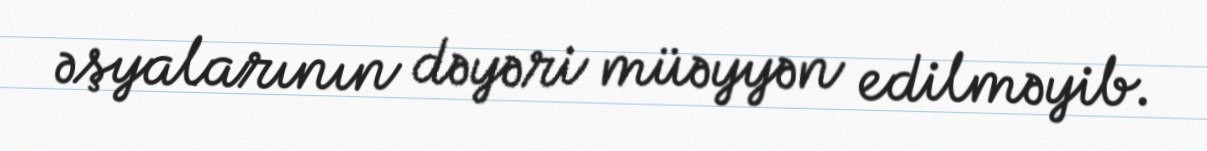
əşyalarının dəyəri müəyyən edilməyib.